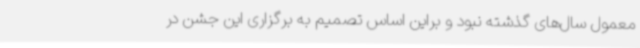
معمول سال‌های گذشته نبود و براین اساس تصمیم به برگزاری این جشن در